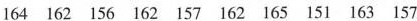
164 162 156 162 157 162 165 151 163 157